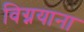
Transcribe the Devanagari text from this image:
विग्नयाना